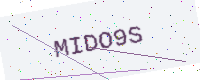
Text: MIDO9S